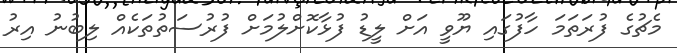
މެޗުގެ ފުރަތަމަ ހާފުގައި ޔޫވީ އަށް ލީޑު ފުޅާކޮށްލުމަށް ފުރުސަތުތަކެއް ލިބުނު އިރު